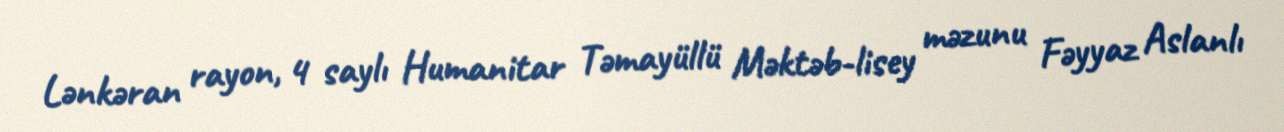
Lənkəran rayon, 4 saylı Humanitar Təmayüllü Məktəb-lisey məzunu Fəyyaz Aslanlı